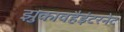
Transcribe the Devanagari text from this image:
झुकावहैइंटरनेट